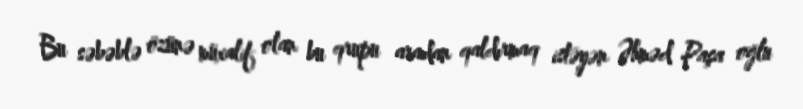
Bu səbəblə özünə müxalif olan bu qrupu aradan qaldırmaq istəyən Əhməd Paşa oğlu